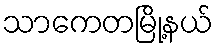
သာကေတမြို့နယ်